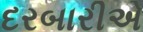
દરબારીએ